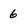
Character: 6